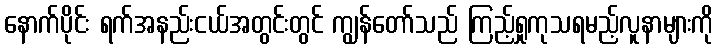
နောက်ပိုင်း ရက်အနည်းငယ်အတွင်းတွင် ကျွန်တော်သည် ကြည့်ရှုကုသရမည့်လူနာများကို